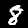
Digit: 8